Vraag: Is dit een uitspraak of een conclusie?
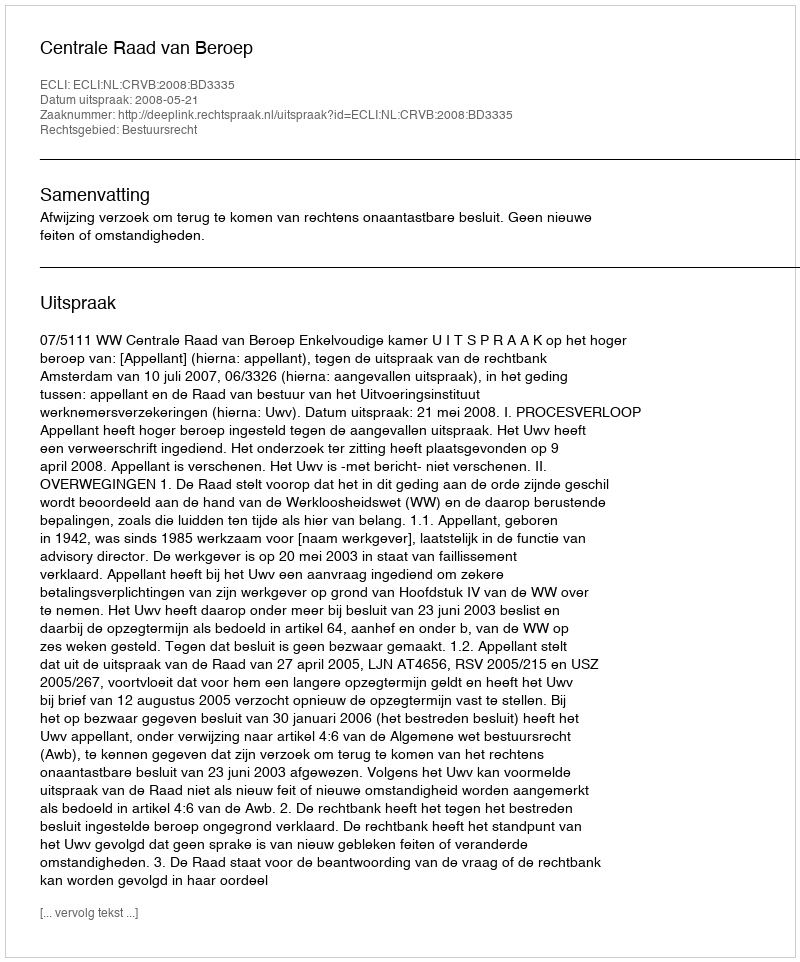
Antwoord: Uitspraak